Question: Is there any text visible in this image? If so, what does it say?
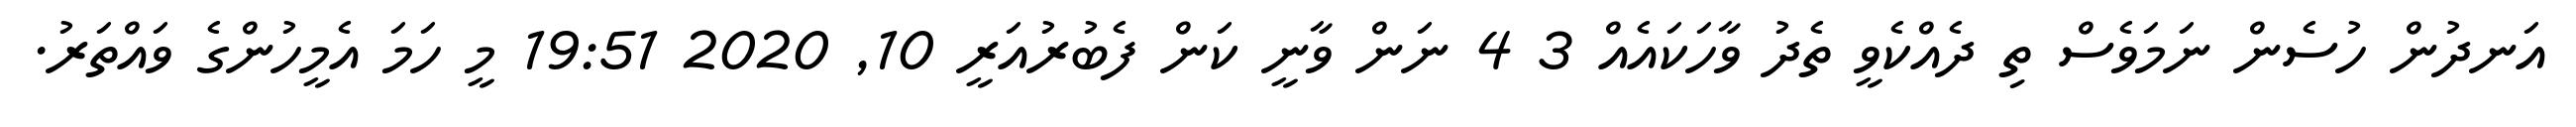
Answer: އަނދުން ހުސެން ނަމަވެސް ތި ދެއްކެވީ ތެދު ވާހަކައެއް 3 4 ނަން ވާނީ ކަން ފެބުރުއަރީ 10, 2020 19:51 މީ ހަމަ އެމީހުންގެ ވައްތަރު.